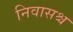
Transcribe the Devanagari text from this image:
निवासश्च